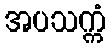
အပသက္ကံ